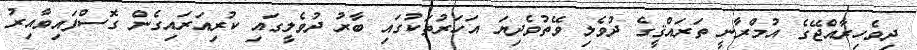
ދިވެހިރާއްޖޭގެ އުމްރާނީ ތަރައްޤީގެ ދުވެލި ވޭތުވެދިޔަ އަހަރުތަކުގައި ބާރު ދުވެލީގައި ކުރިއަރައިގެން ގޮސްފައިވާއިރު